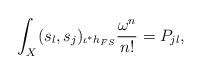
LaTeX: \begin{align*}\int_X(s_l,s_j)_{{\iota}^*h_{FS}}\frac{\omega^n}{n!} = P_{jl},\end{align*}